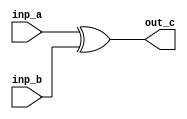
`timescale 1ns / 1ps
//////////////////////////////////////////////////////////////////////////////////
// Company: 
// Engineer: 
// 
// Design Name: 
// Module Name: xor_gate
// Project Name: 
// Target Devices: 
// Tool Versions: 
// Description: 
// 
// Dependencies: 
// 
// Revision:
// Revision 0.01 - File Created
// Additional Comments:
// 
//////////////////////////////////////////////////////////////////////////////////


module xor_gate(inp_a, inp_b, out_c);

input inp_a, inp_b;
output out_c;

assign out_c = (inp_a^inp_b);
endmodule